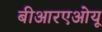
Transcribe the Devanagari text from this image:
बीआरएओयू